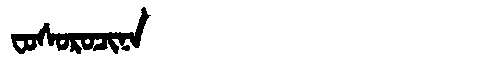
Manchu: ᠸᠣᠰᠣᡵᠣᠴᡳᠨᠠ
Romanization: FOSOROCINA